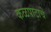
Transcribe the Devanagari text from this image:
कळपाटाचे